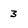
Character: 3